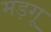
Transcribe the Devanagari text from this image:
मड़गू